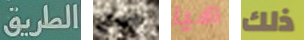
الطريق جبان هيا ذلك